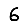
Digit: 6